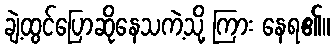
ချဲ့ထွင်ပြောဆိုနေသကဲ့သို့ ကြား နေရ၏။